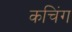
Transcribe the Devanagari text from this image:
कचिंग